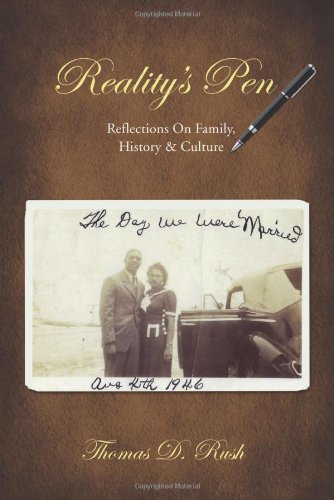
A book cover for Reality's Pen: Reflections on Family, History & Culture; Thomas D. Rush; Literature & Fiction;